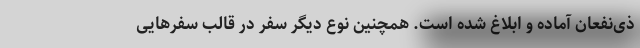
ذی‌نفعان آماده و ابلاغ شده است. همچنین نوع دیگر سفر در قالب سفرهایی